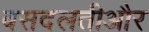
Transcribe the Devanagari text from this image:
बसदलतीऔर